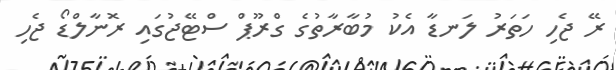
ރޭ ޖެހި ހަތަރު ލަނޑާ އެކު މުބާރާތުގެ ގްރޫޕް ސްޓޭޖުގައި ރޮނާލްޑޯ ޖެހި